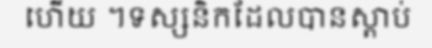
ហើយ ។ទស្សនិកដែលបានស្តាប់